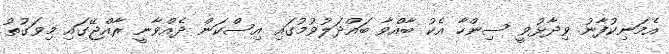
އެމަނިކުފާނު ވިދާޅުވީ ސިންހާ އެކު ބާއްވާ ބައްދަލުވުމުގައި އިސްކަން ދެއްވާނީ ރާއްޖޭގައި މިވަގުތު